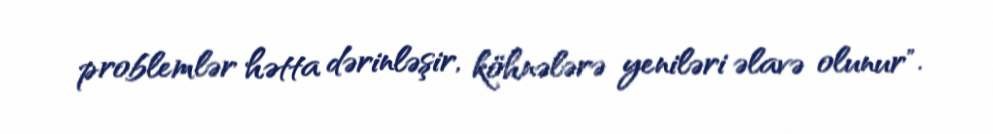
problemlər hətta dərinləşir, köhnələrə yeniləri əlavə olunur".